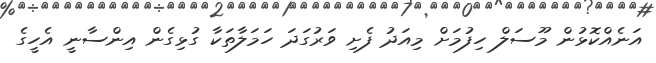
އަނެއްކޮޅުން މޫސަލް ހިފުމަށް މިއަދު ފެށި ވަރުގަދަ ހަމަލާތަކާ ގުޅިގެން އިންސާނީ އެހީގެ